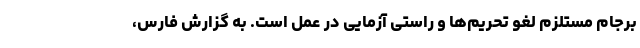
برجام مستلزم لغو تحریم‌ها و راستی آزمایی در عمل است. به گزارش‌ فارس،